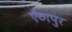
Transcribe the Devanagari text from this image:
ऐंठापुर